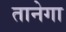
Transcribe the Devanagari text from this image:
तानेगा